Report of the Indian Hemp Drugs Commission, 1894-1895 - Volume V
Year: 1894
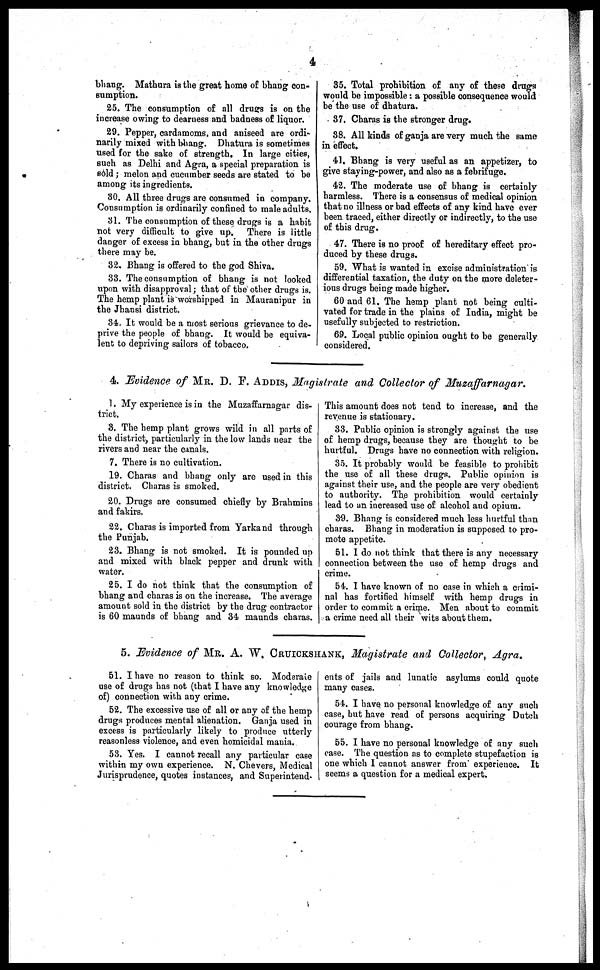
4
bhang. Mathura is the great home of bhang con-
sumption.
25. The consumption of all drugs is on the
increase owing to clearness and badness of liquor.
29. Pepper, cardamoms, and aniseed are ordi-
narily mixed with bhang. Dhatura is sometimes
used for the sake of strength. In large cities,
such as Delhi and Agra, a special preparation is
sold; melon and cucumber seeds are stated to be
among its ingredients.
30. All three drugs are consumed in company.
Consumption is ordinarily confined to male adults.
31. The consumption of these drugs is a habit
not very difficult to give up. There is little
danger of excess in bhang, but in the other drugs
there may be.
32. Bhang is offered to the god Shiva.
33. The consumption of bhang is not looked
upon with disapproval; that of the other drugs is.
The hemp plant is worshipped in Mauranipur in
the Jhansi district.
34. It would be a most serious grievance to de-
prive the people of bhang. It would be equiva-
lent to depriving sailors of tobacco.
35. Total prohibition of any of these drugs
would be impossible: a possible consequence would
be the use of dhatura.
37. Charas is the stronger drug.
38. All kinds of ganja are very much the same
in effect.
41. Bhang is very useful as an appetizer, to
give staying-power, and also as a febrifuge.
42. The moderate use of bhang is certainly
harmless. There is a consensus of medical opinion
that no illness or bad effects of any kind have ever
been traced, either directly or indirectly, to the use
of this drug.
47. There is no proof of hereditary effect pro-
duced by these drugs.
59. What is wanted in excise administration is
differential taxation, the duty on the more deleter-
ious drugs being made higher.
60 and 61. The hemp plant not being culti-
vated for trade in the plains of India, might be
usefully subjected to restriction.
69. Local public opinion ought to be generally
considered.
4. Evidence of MR. D. F. ADDIS, Magistrate and Collector of Muzaffarnagar.
1. My experience is in the Muzaffarnagar dis-
trict.
3. The hemp plant grows wild in all parts of
the district, particularly in the low lands near the
rivers and near the canals.
7. There is no cultivation.
19. Charas and bhang only are used in this
district. Charas is smoked.
20. Drugs are consumed chiefly by Brahmins
and fakirs.
22. Charas is imported from Yarkand through
the Punjab.
23. Bhang is not smoked. It is pounded up
and mixed with black pepper and drunk with
water.
25. I do not think that the consumption of
bhang and charas is on the increase. The average
amount sold in the district by the drug contractor
is 60 maunds of bhang and 34 maunds charas.
This amount does not tend to increase, and the
revenue is stationary,
33. Public opinion is strongly against the use
of hemp drugs, because they are thought to be
hurtful. Drugs have no connection with religion.
35. It probably would be feasible to prohibit
the use of all these drugs. Public opinion is
against their use, and the people are very obedient
to authority. The prohibition would certainly
lead to an increased use of alcohol and opium.
39. Bhang is considered much less hurtful than
charas. Bhang in moderation is supposed to pro-
mote appetite.
51. I do not think that there is any necessary
connection between the use of hemp drugs and
crime.
54. I have known of no case in which a crimi-
nal has fortified himself with hemp drugs in
order to commit a crime. Men about to commit
a crime need all their wits about them.
5. Evidence of MR. A. W. CRUICKSHANK, Magistrate and Collector, Agra.
51. I have no reason to think so. Moderate
use of drugs has not (that I have any knowledge
of) connection with any crime.
52. The excessive use of all or any of the hemp
drugs produces mental alienation. Ganja used in
excess is particularly likely to produce utterly
reasonless violence, and even homicidal mania.
53. Yes. I cannot recall any particular case
within my own experience. N. Chevers, Medical
Jurisprudence, quotes instances, and Superintend-
ents of jails and lunatic asylums could quote
many cases.
54. I have no personal knowledge of any such
case, but have read of persons acquiring Dutch
courage from bhang.
55. I have no personal knowledge of any such
case. The question as to complete stupefaction is
one which I cannot answer from experience. It
seems a question for a medical expert.